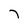
Character: 7